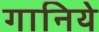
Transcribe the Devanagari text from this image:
गानिये